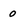
Character: 0